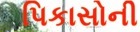
પિકાસોની